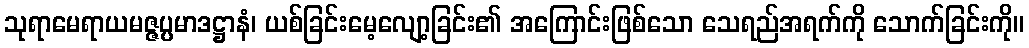
သုရာမေရာယမဇ္ဇပ္ပမာဒဋ္ဌာနံ၊ ယစ်ခြင်းမေ့လျော့ခြင်း၏ အကြောင်းဖြစ်သော သေရည်အရက်ကို သောက်ခြင်းကို။